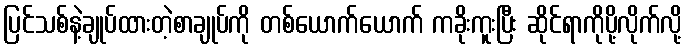
ပြင်သစ်နဲ့ချုပ်ထားတဲ့စာချုပ်ကို တစ်ယောက်ယောက် ကခိုးကူးပြီး ဆိုင်ရာကိုပို့လိုက်လို့